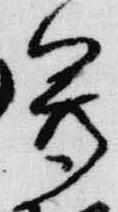
尊